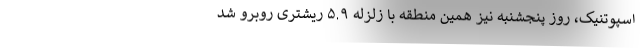
اسپوتنیک، روز پنجشنبه نیز همین منطقه با زلزله ۵.۹ ریشتری روبرو شد